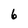
Character: 6